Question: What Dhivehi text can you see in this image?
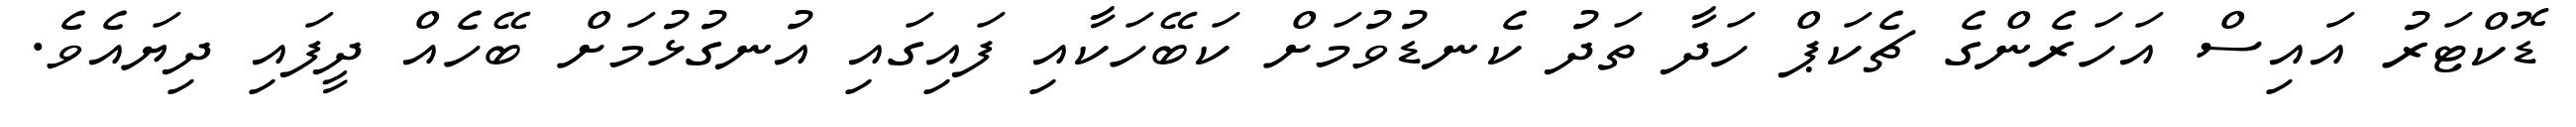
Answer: ޑޮކްޓަރު އައިސް އަހަރެންގެ ޗެކަޕް ހަދާ ތަދު ކެނޑުވުމަށް ކަބޭހަކާއި ފައިގައި އުނގުޅުމަށް ބޭހެއް ދީފައި ދިޔައެވެ.